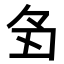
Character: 𬻑